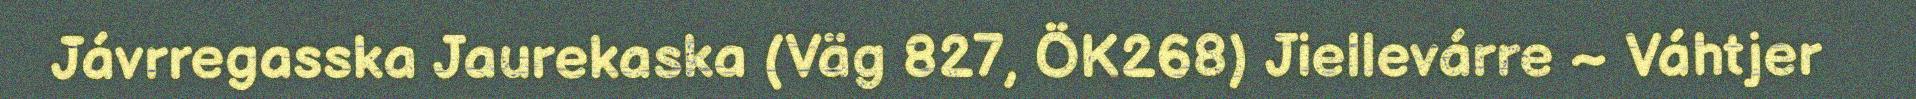
Jávrregasska Jaurekaska (Väg 827, ÖK268) Jiellevárre ~ Váhtjer